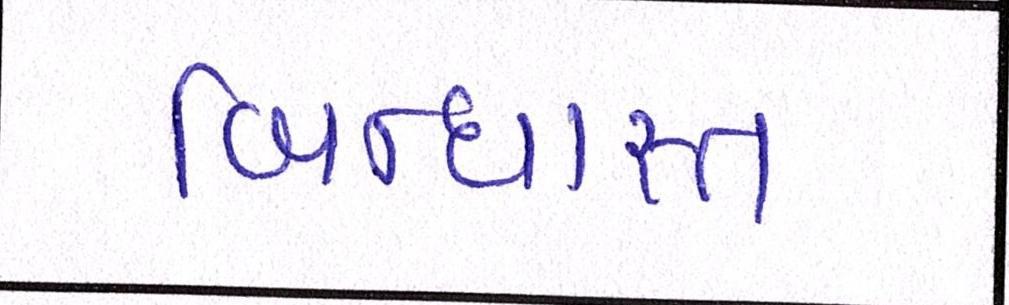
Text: બિન્ધાસ્ત